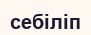
себіліп